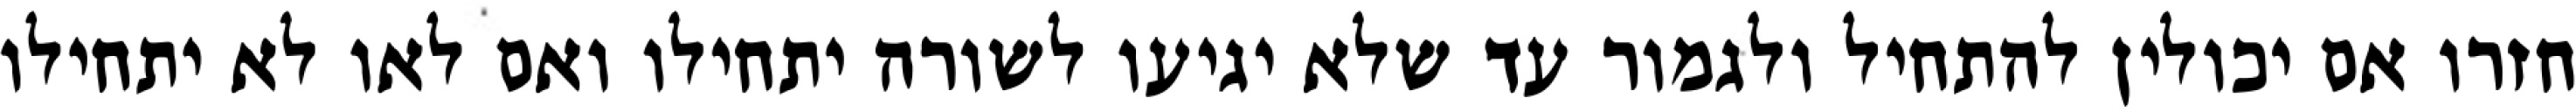
חזרו אם יכולין להתחיל ולגמור עד שלא יגיעו לשורה יתחילו ואם לאו לא יתחילו